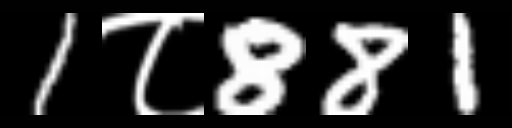
Text: 1८881